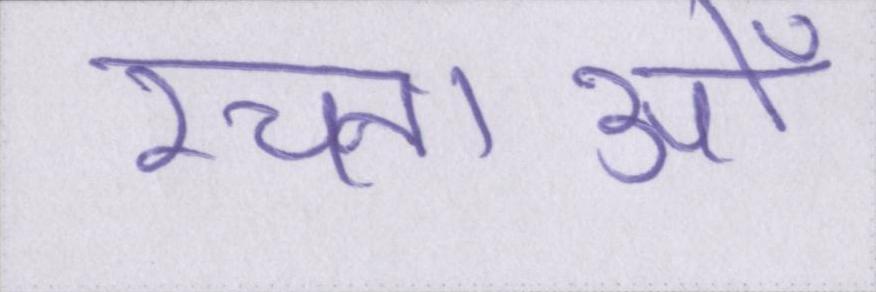
रचनाओँ